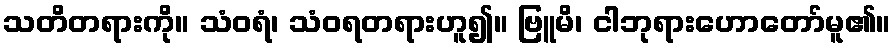
သတိတရားကို။ သံဝရံ၊ သံဝရတရားဟူ၍။ ဗြူမိ၊ ငါဘုရားဟောတော်မူ၏။